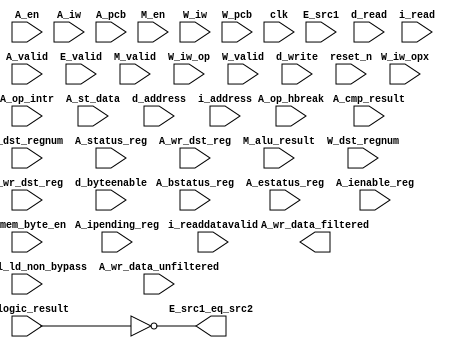
//Legal Notice: (C)2006 Altera Corporation. All rights reserved.  Your
//use of Altera Corporation's design tools, logic functions and other
//software and tools, and its AMPP partner logic functions, and any
//output files any of the foregoing (including device programming or
//simulation files), and any associated documentation or information are
//expressly subject to the terms and conditions of the Altera Program
//License Subscription Agreement or other applicable license agreement,
//including, without limitation, that your use is for the sole purpose
//of programming logic devices manufactured by Altera and sold by Altera
//or its authorized distributors.  Please refer to the applicable
//agreement for further details.


// turn off superfluous verilog processor warnings 
// altera message_level Level1 
// altera message_off 10034 10035 10036 10037 10230 10240 10030 

module cpu_0_test_bench (
                          // inputs:
                           A_bstatus_reg,
                           A_cmp_result,
                           A_ctrl_ld_non_bypass,
                           A_dst_regnum,
                           A_en,
                           A_estatus_reg,
                           A_ienable_reg,
                           A_ipending_reg,
                           A_iw,
                           A_mem_byte_en,
                           A_op_hbreak,
                           A_op_intr,
                           A_pcb,
                           A_st_data,
                           A_status_reg,
                           A_valid,
                           A_wr_data_unfiltered,
                           A_wr_dst_reg,
                           E_logic_result,
                           E_src1,
                           E_valid,
                           M_alu_result,
                           M_en,
                           M_valid,
                           W_dst_regnum,
                           W_iw,
                           W_iw_op,
                           W_iw_opx,
                           W_pcb,
                           W_valid,
                           W_wr_dst_reg,
                           clk,
                           d_address,
                           d_byteenable,
                           d_read,
                           d_write,
                           i_address,
                           i_read,
                           i_readdatavalid,
                           reset_n,

                          // outputs:
                           A_wr_data_filtered,
                           E_src1_eq_src2
                        )
;

  output  [ 31: 0] A_wr_data_filtered;
  output           E_src1_eq_src2;
  input            A_bstatus_reg;
  input            A_cmp_result;
  input            A_ctrl_ld_non_bypass;
  input   [  4: 0] A_dst_regnum;
  input            A_en;
  input            A_estatus_reg;
  input   [ 31: 0] A_ienable_reg;
  input   [ 31: 0] A_ipending_reg;
  input   [ 31: 0] A_iw;
  input   [  3: 0] A_mem_byte_en;
  input            A_op_hbreak;
  input            A_op_intr;
  input   [ 23: 0] A_pcb;
  input   [ 31: 0] A_st_data;
  input            A_status_reg;
  input            A_valid;
  input   [ 31: 0] A_wr_data_unfiltered;
  input            A_wr_dst_reg;
  input   [ 31: 0] E_logic_result;
  input   [ 31: 0] E_src1;
  input            E_valid;
  input   [ 31: 0] M_alu_result;
  input            M_en;
  input            M_valid;
  input   [  4: 0] W_dst_regnum;
  input   [ 31: 0] W_iw;
  input   [  5: 0] W_iw_op;
  input   [  5: 0] W_iw_opx;
  input   [ 23: 0] W_pcb;
  input            W_valid;
  input            W_wr_dst_reg;
  input            clk;
  input   [ 23: 0] d_address;
  input   [  3: 0] d_byteenable;
  input            d_read;
  input            d_write;
  input   [ 23: 0] i_address;
  input            i_read;
  input            i_readdatavalid;
  input            reset_n;

  reg     [ 31: 0] A_full_mem_baddr;
  reg     [ 23: 0] A_target_pcb;
  wire    [ 31: 0] A_wr_data_filtered;
  wire             A_wr_data_unfiltered_0_is_x;
  wire             A_wr_data_unfiltered_10_is_x;
  wire             A_wr_data_unfiltered_11_is_x;
  wire             A_wr_data_unfiltered_12_is_x;
  wire             A_wr_data_unfiltered_13_is_x;
  wire             A_wr_data_unfiltered_14_is_x;
  wire             A_wr_data_unfiltered_15_is_x;
  wire             A_wr_data_unfiltered_16_is_x;
  wire             A_wr_data_unfiltered_17_is_x;
  wire             A_wr_data_unfiltered_18_is_x;
  wire             A_wr_data_unfiltered_19_is_x;
  wire             A_wr_data_unfiltered_1_is_x;
  wire             A_wr_data_unfiltered_20_is_x;
  wire             A_wr_data_unfiltered_21_is_x;
  wire             A_wr_data_unfiltered_22_is_x;
  wire             A_wr_data_unfiltered_23_is_x;
  wire             A_wr_data_unfiltered_24_is_x;
  wire             A_wr_data_unfiltered_25_is_x;
  wire             A_wr_data_unfiltered_26_is_x;
  wire             A_wr_data_unfiltered_27_is_x;
  wire             A_wr_data_unfiltered_28_is_x;
  wire             A_wr_data_unfiltered_29_is_x;
  wire             A_wr_data_unfiltered_2_is_x;
  wire             A_wr_data_unfiltered_30_is_x;
  wire             A_wr_data_unfiltered_31_is_x;
  wire             A_wr_data_unfiltered_3_is_x;
  wire             A_wr_data_unfiltered_4_is_x;
  wire             A_wr_data_unfiltered_5_is_x;
  wire             A_wr_data_unfiltered_6_is_x;
  wire             A_wr_data_unfiltered_7_is_x;
  wire             A_wr_data_unfiltered_8_is_x;
  wire             A_wr_data_unfiltered_9_is_x;
  wire             E_src1_eq_src2;
  reg     [ 23: 0] M_target_pcb;
  wire    [ 55: 0] W_inst;
  wire             W_op_add;
  wire             W_op_addi;
  wire             W_op_and;
  wire             W_op_andhi;
  wire             W_op_andi;
  wire             W_op_beq;
  wire             W_op_bge;
  wire             W_op_bgeu;
  wire             W_op_blt;
  wire             W_op_bltu;
  wire             W_op_bne;
  wire             W_op_br;
  wire             W_op_break;
  wire             W_op_bret;
  wire             W_op_call;
  wire             W_op_callr;
  wire             W_op_cmpeq;
  wire             W_op_cmpeqi;
  wire             W_op_cmpge;
  wire             W_op_cmpgei;
  wire             W_op_cmpgeu;
  wire             W_op_cmpgeui;
  wire             W_op_cmplt;
  wire             W_op_cmplti;
  wire             W_op_cmpltu;
  wire             W_op_cmpltui;
  wire             W_op_cmpne;
  wire             W_op_cmpnei;
  wire             W_op_crst;
  wire             W_op_custom;
  wire             W_op_div;
  wire             W_op_divu;
  wire             W_op_eret;
  wire             W_op_flushd;
  wire             W_op_flushda;
  wire             W_op_flushi;
  wire             W_op_flushp;
  wire             W_op_hbreak;
  wire             W_op_initd;
  wire             W_op_initi;
  wire             W_op_intr;
  wire             W_op_jmp;
  wire             W_op_ldb;
  wire             W_op_ldbio;
  wire             W_op_ldbu;
  wire             W_op_ldbuio;
  wire             W_op_ldh;
  wire             W_op_ldhio;
  wire             W_op_ldhu;
  wire             W_op_ldhuio;
  wire             W_op_ldw;
  wire             W_op_ldwio;
  wire             W_op_mul;
  wire             W_op_muli;
  wire             W_op_mulxss;
  wire             W_op_mulxsu;
  wire             W_op_mulxuu;
  wire             W_op_nextpc;
  wire             W_op_nor;
  wire             W_op_opx;
  wire             W_op_or;
  wire             W_op_orhi;
  wire             W_op_ori;
  wire             W_op_rdctl;
  wire             W_op_ret;
  wire             W_op_rol;
  wire             W_op_roli;
  wire             W_op_ror;
  wire             W_op_rsv01;
  wire             W_op_rsv02;
  wire             W_op_rsv09;
  wire             W_op_rsv10;
  wire             W_op_rsv17;
  wire             W_op_rsv18;
  wire             W_op_rsv19;
  wire             W_op_rsv25;
  wire             W_op_rsv26;
  wire             W_op_rsv29;
  wire             W_op_rsv31;
  wire             W_op_rsv33;
  wire             W_op_rsv34;
  wire             W_op_rsv41;
  wire             W_op_rsv42;
  wire             W_op_rsv49;
  wire             W_op_rsv56;
  wire             W_op_rsv57;
  wire             W_op_rsv61;
  wire             W_op_rsv62;
  wire             W_op_rsv63;
  wire             W_op_rsvx00;
  wire             W_op_rsvx10;
  wire             W_op_rsvx15;
  wire             W_op_rsvx17;
  wire             W_op_rsvx20;
  wire             W_op_rsvx21;
  wire             W_op_rsvx25;
  wire             W_op_rsvx33;
  wire             W_op_rsvx34;
  wire             W_op_rsvx35;
  wire             W_op_rsvx42;
  wire             W_op_rsvx43;
  wire             W_op_rsvx44;
  wire             W_op_rsvx47;
  wire             W_op_rsvx50;
  wire             W_op_rsvx51;
  wire             W_op_rsvx55;
  wire             W_op_rsvx56;
  wire             W_op_rsvx60;
  wire             W_op_rsvx63;
  wire             W_op_sll;
  wire             W_op_slli;
  wire             W_op_sra;
  wire             W_op_srai;
  wire             W_op_srl;
  wire             W_op_srli;
  wire             W_op_stb;
  wire             W_op_stbio;
  wire             W_op_sth;
  wire             W_op_sthio;
  wire             W_op_stw;
  wire             W_op_stwio;
  wire             W_op_sub;
  wire             W_op_sync;
  wire             W_op_trap;
  wire             W_op_wrctl;
  wire             W_op_xor;
  wire             W_op_xorhi;
  wire             W_op_xori;
  wire    [ 55: 0] W_vinst;
  always @(posedge clk or negedge reset_n)
    begin
      if (reset_n == 0)
          M_target_pcb <= 0;
      else if (M_en)
          M_target_pcb <= E_src1[23 : 0];
    end


  always @(posedge clk or negedge reset_n)
    begin
      if (reset_n == 0)
          A_target_pcb <= 0;
      else if (A_en)
          A_target_pcb <= M_target_pcb;
    end


  always @(posedge clk or negedge reset_n)
    begin
      if (reset_n == 0)
          A_full_mem_baddr <= 0;
      else if (A_en)
          A_full_mem_baddr <= M_alu_result;
    end


  always @(posedge clk or negedge reset_n)
    begin
      if (reset_n == 0)
          M_target_pcb <= 0;
      else if (M_en)
          M_target_pcb <= E_src1[23 : 0];
    end


  assign E_src1_eq_src2 = E_logic_result == 0;
  assign W_op_rsv02 = W_iw_op[5 : 0] == 2;
  assign W_op_cmplti = W_iw_op[5 : 0] == 16;
  assign W_op_rsv18 = W_iw_op[5 : 0] == 18;
  assign W_op_rsv01 = W_iw_op[5 : 0] == 1;
  assign W_op_rsv26 = W_iw_op[5 : 0] == 26;
  assign W_op_rsv42 = W_iw_op[5 : 0] == 42;
  assign W_op_ldbio = W_iw_op[5 : 0] == 39;
  assign W_op_ldbu = W_iw_op[5 : 0] == 3;
  assign W_op_orhi = W_iw_op[5 : 0] == 52;
  assign W_op_rsv31 = W_iw_op[5 : 0] == 31;
  assign W_op_bge = W_iw_op[5 : 0] == 14;
  assign W_op_br = W_iw_op[5 : 0] == 6;
  assign W_op_ldhio = W_iw_op[5 : 0] == 47;
  assign W_op_rsv41 = W_iw_op[5 : 0] == 41;
  assign W_op_rsv19 = W_iw_op[5 : 0] == 19;
  assign W_op_ldwio = W_iw_op[5 : 0] == 55;
  assign W_op_rsv29 = W_iw_op[5 : 0] == 29;
  assign W_op_rsv61 = W_iw_op[5 : 0] == 61;
  assign W_op_opx = W_iw_op[5 : 0] == 58;
  assign W_op_stb = W_iw_op[5 : 0] == 5;
  assign W_op_rsv62 = W_iw_op[5 : 0] == 62;
  assign W_op_bltu = W_iw_op[5 : 0] == 54;
  assign W_op_custom = W_iw_op[5 : 0] == 50;
  assign W_op_muli = W_iw_op[5 : 0] == 36;
  assign W_op_xori = W_iw_op[5 : 0] == 28;
  assign W_op_cmpgei = W_iw_op[5 : 0] == 8;
  assign W_op_ldw = W_iw_op[5 : 0] == 23;
  assign W_op_cmpeqi = W_iw_op[5 : 0] == 32;
  assign W_op_ldh = W_iw_op[5 : 0] == 15;
  assign W_op_stw = W_iw_op[5 : 0] == 21;
  assign W_op_rsv09 = W_iw_op[5 : 0] == 9;
  assign W_op_cmpnei = W_iw_op[5 : 0] == 24;
  assign W_op_ldb = W_iw_op[5 : 0] == 7;
  assign W_op_bgeu = W_iw_op[5 : 0] == 46;
  assign W_op_stwio = W_iw_op[5 : 0] == 53;
  assign W_op_rsv33 = W_iw_op[5 : 0] == 33;
  assign W_op_andhi = W_iw_op[5 : 0] == 44;
  assign W_op_ldbuio = W_iw_op[5 : 0] == 35;
  assign W_op_rsv34 = W_iw_op[5 : 0] == 34;
  assign W_op_sthio = W_iw_op[5 : 0] == 45;
  assign W_op_cmpgeui = W_iw_op[5 : 0] == 40;
  assign W_op_stbio = W_iw_op[5 : 0] == 37;
  assign W_op_andi = W_iw_op[5 : 0] == 12;
  assign W_op_addi = W_iw_op[5 : 0] == 4;
  assign W_op_flushda = W_iw_op[5 : 0] == 27;
  assign W_op_rsv49 = W_iw_op[5 : 0] == 49;
  assign W_op_blt = W_iw_op[5 : 0] == 22;
  assign W_op_beq = W_iw_op[5 : 0] == 38;
  assign W_op_ori = W_iw_op[5 : 0] == 20;
  assign W_op_cmpltui = W_iw_op[5 : 0] == 48;
  assign W_op_xorhi = W_iw_op[5 : 0] == 60;
  assign W_op_rsv56 = W_iw_op[5 : 0] == 56;
  assign W_op_ldhuio = W_iw_op[5 : 0] == 43;
  assign W_op_rsv63 = W_iw_op[5 : 0] == 63;
  assign W_op_bne = W_iw_op[5 : 0] == 30;
  assign W_op_rsv57 = W_iw_op[5 : 0] == 57;
  assign W_op_call = W_iw_op[5 : 0] == 0;
  assign W_op_ldhu = W_iw_op[5 : 0] == 11;
  assign W_op_flushd = W_iw_op[5 : 0] == 59;
  assign W_op_initd = W_iw_op[5 : 0] == 51;
  assign W_op_rsv10 = W_iw_op[5 : 0] == 10;
  assign W_op_rsv17 = W_iw_op[5 : 0] == 17;
  assign W_op_sth = W_iw_op[5 : 0] == 13;
  assign W_op_rsv25 = W_iw_op[5 : 0] == 25;
  assign W_op_flushi = W_op_opx & (W_iw_opx[5 : 0] == 12);
  assign W_op_mulxuu = W_op_opx & (W_iw_opx[5 : 0] == 7);
  assign W_op_rsvx33 = W_op_opx & (W_iw_opx[5 : 0] == 33);
  assign W_op_wrctl = W_op_opx & (W_iw_opx[5 : 0] == 46);
  assign W_op_roli = W_op_opx & (W_iw_opx[5 : 0] == 2);
  assign W_op_intr = W_op_opx & (W_iw_opx[5 : 0] == 61);
  assign W_op_rsvx43 = W_op_opx & (W_iw_opx[5 : 0] == 43);
  assign W_op_srl = W_op_opx & (W_iw_opx[5 : 0] == 27);
  assign W_op_trap = W_op_opx & (W_iw_opx[5 : 0] == 45);
  assign W_op_rsvx17 = W_op_opx & (W_iw_opx[5 : 0] == 17);
  assign W_op_break = W_op_opx & (W_iw_opx[5 : 0] == 52);
  assign W_op_rdctl = W_op_opx & (W_iw_opx[5 : 0] == 38);
  assign W_op_cmpltu = W_op_opx & (W_iw_opx[5 : 0] == 48);
  assign W_op_callr = W_op_opx & (W_iw_opx[5 : 0] == 29);
  assign W_op_cmpge = W_op_opx & (W_iw_opx[5 : 0] == 8);
  assign W_op_rsvx47 = W_op_opx & (W_iw_opx[5 : 0] == 47);
  assign W_op_and = W_op_opx & (W_iw_opx[5 : 0] == 14);
  assign W_op_rsvx00 = W_op_opx & (W_iw_opx[5 : 0] == 0);
  assign W_op_rsvx56 = W_op_opx & (W_iw_opx[5 : 0] == 56);
  assign W_op_hbreak = W_op_opx & (W_iw_opx[5 : 0] == 53);
  assign W_op_flushp = W_op_opx & (W_iw_opx[5 : 0] == 4);
  assign W_op_nor = W_op_opx & (W_iw_opx[5 : 0] == 6);
  assign W_op_rsvx50 = W_op_opx & (W_iw_opx[5 : 0] == 50);
  assign W_op_initi = W_op_opx & (W_iw_opx[5 : 0] == 41);
  assign W_op_srai = W_op_opx & (W_iw_opx[5 : 0] == 58);
  assign W_op_sync = W_op_opx & (W_iw_opx[5 : 0] == 54);
  assign W_op_rsvx15 = W_op_opx & (W_iw_opx[5 : 0] == 15);
  assign W_op_rsvx55 = W_op_opx & (W_iw_opx[5 : 0] == 55);
  assign W_op_crst = W_op_opx & (W_iw_opx[5 : 0] == 62);
  assign W_op_rsvx42 = W_op_opx & (W_iw_opx[5 : 0] == 42);
  assign W_op_xor = W_op_opx & (W_iw_opx[5 : 0] == 30);
  assign W_op_rsvx34 = W_op_opx & (W_iw_opx[5 : 0] == 34);
  assign W_op_mulxss = W_op_opx & (W_iw_opx[5 : 0] == 31);
  assign W_op_rsvx51 = W_op_opx & (W_iw_opx[5 : 0] == 51);
  assign W_op_rsvx10 = W_op_opx & (W_iw_opx[5 : 0] == 10);
  assign W_op_eret = W_op_opx & (W_iw_opx[5 : 0] == 1);
  assign W_op_rsvx25 = W_op_opx & (W_iw_opx[5 : 0] == 25);
  assign W_op_jmp = W_op_opx & (W_iw_opx[5 : 0] == 13);
  assign W_op_or = W_op_opx & (W_iw_opx[5 : 0] == 22);
  assign W_op_rsvx35 = W_op_opx & (W_iw_opx[5 : 0] == 35);
  assign W_op_sra = W_op_opx & (W_iw_opx[5 : 0] == 59);
  assign W_op_rsvx20 = W_op_opx & (W_iw_opx[5 : 0] == 20);
  assign W_op_slli = W_op_opx & (W_iw_opx[5 : 0] == 18);
  assign W_op_mulxsu = W_op_opx & (W_iw_opx[5 : 0] == 23);
  assign W_op_rsvx21 = W_op_opx & (W_iw_opx[5 : 0] == 21);
  assign W_op_ror = W_op_opx & (W_iw_opx[5 : 0] == 11);
  assign W_op_srli = W_op_opx & (W_iw_opx[5 : 0] == 26);
  assign W_op_sll = W_op_opx & (W_iw_opx[5 : 0] == 19);
  assign W_op_div = W_op_opx & (W_iw_opx[5 : 0] == 37);
  assign W_op_cmplt = W_op_opx & (W_iw_opx[5 : 0] == 16);
  assign W_op_add = W_op_opx & (W_iw_opx[5 : 0] == 49);
  assign W_op_rsvx44 = W_op_opx & (W_iw_opx[5 : 0] == 44);
  assign W_op_bret = W_op_opx & (W_iw_opx[5 : 0] == 9);
  assign W_op_rsvx60 = W_op_opx & (W_iw_opx[5 : 0] == 60);
  assign W_op_rsvx63 = W_op_opx & (W_iw_opx[5 : 0] == 63);
  assign W_op_mul = W_op_opx & (W_iw_opx[5 : 0] == 39);
  assign W_op_cmpgeu = W_op_opx & (W_iw_opx[5 : 0] == 40);
  assign W_op_cmpne = W_op_opx & (W_iw_opx[5 : 0] == 24);
  assign W_op_cmpeq = W_op_opx & (W_iw_opx[5 : 0] == 32);
  assign W_op_ret = W_op_opx & (W_iw_opx[5 : 0] == 5);
  assign W_op_rol = W_op_opx & (W_iw_opx[5 : 0] == 3);
  assign W_op_sub = W_op_opx & (W_iw_opx[5 : 0] == 57);
  assign W_op_nextpc = W_op_opx & (W_iw_opx[5 : 0] == 28);
  assign W_op_divu = W_op_opx & (W_iw_opx[5 : 0] == 36);

//synthesis translate_off
//////////////// SIMULATION-ONLY CONTENTS
  //Clearing 'X' data bits
  assign A_wr_data_unfiltered_0_is_x = ^(A_wr_data_unfiltered[0]) === 1'bx;

  assign A_wr_data_filtered[0] = (A_wr_data_unfiltered_0_is_x & (A_ctrl_ld_non_bypass)) ? 1'b0 : A_wr_data_unfiltered[0];
  assign A_wr_data_unfiltered_1_is_x = ^(A_wr_data_unfiltered[1]) === 1'bx;
  assign A_wr_data_filtered[1] = (A_wr_data_unfiltered_1_is_x & (A_ctrl_ld_non_bypass)) ? 1'b0 : A_wr_data_unfiltered[1];
  assign A_wr_data_unfiltered_2_is_x = ^(A_wr_data_unfiltered[2]) === 1'bx;
  assign A_wr_data_filtered[2] = (A_wr_data_unfiltered_2_is_x & (A_ctrl_ld_non_bypass)) ? 1'b0 : A_wr_data_unfiltered[2];
  assign A_wr_data_unfiltered_3_is_x = ^(A_wr_data_unfiltered[3]) === 1'bx;
  assign A_wr_data_filtered[3] = (A_wr_data_unfiltered_3_is_x & (A_ctrl_ld_non_bypass)) ? 1'b0 : A_wr_data_unfiltered[3];
  assign A_wr_data_unfiltered_4_is_x = ^(A_wr_data_unfiltered[4]) === 1'bx;
  assign A_wr_data_filtered[4] = (A_wr_data_unfiltered_4_is_x & (A_ctrl_ld_non_bypass)) ? 1'b0 : A_wr_data_unfiltered[4];
  assign A_wr_data_unfiltered_5_is_x = ^(A_wr_data_unfiltered[5]) === 1'bx;
  assign A_wr_data_filtered[5] = (A_wr_data_unfiltered_5_is_x & (A_ctrl_ld_non_bypass)) ? 1'b0 : A_wr_data_unfiltered[5];
  assign A_wr_data_unfiltered_6_is_x = ^(A_wr_data_unfiltered[6]) === 1'bx;
  assign A_wr_data_filtered[6] = (A_wr_data_unfiltered_6_is_x & (A_ctrl_ld_non_bypass)) ? 1'b0 : A_wr_data_unfiltered[6];
  assign A_wr_data_unfiltered_7_is_x = ^(A_wr_data_unfiltered[7]) === 1'bx;
  assign A_wr_data_filtered[7] = (A_wr_data_unfiltered_7_is_x & (A_ctrl_ld_non_bypass)) ? 1'b0 : A_wr_data_unfiltered[7];
  assign A_wr_data_unfiltered_8_is_x = ^(A_wr_data_unfiltered[8]) === 1'bx;
  assign A_wr_data_filtered[8] = (A_wr_data_unfiltered_8_is_x & (A_ctrl_ld_non_bypass)) ? 1'b0 : A_wr_data_unfiltered[8];
  assign A_wr_data_unfiltered_9_is_x = ^(A_wr_data_unfiltered[9]) === 1'bx;
  assign A_wr_data_filtered[9] = (A_wr_data_unfiltered_9_is_x & (A_ctrl_ld_non_bypass)) ? 1'b0 : A_wr_data_unfiltered[9];
  assign A_wr_data_unfiltered_10_is_x = ^(A_wr_data_unfiltered[10]) === 1'bx;
  assign A_wr_data_filtered[10] = (A_wr_data_unfiltered_10_is_x & (A_ctrl_ld_non_bypass)) ? 1'b0 : A_wr_data_unfiltered[10];
  assign A_wr_data_unfiltered_11_is_x = ^(A_wr_data_unfiltered[11]) === 1'bx;
  assign A_wr_data_filtered[11] = (A_wr_data_unfiltered_11_is_x & (A_ctrl_ld_non_bypass)) ? 1'b0 : A_wr_data_unfiltered[11];
  assign A_wr_data_unfiltered_12_is_x = ^(A_wr_data_unfiltered[12]) === 1'bx;
  assign A_wr_data_filtered[12] = (A_wr_data_unfiltered_12_is_x & (A_ctrl_ld_non_bypass)) ? 1'b0 : A_wr_data_unfiltered[12];
  assign A_wr_data_unfiltered_13_is_x = ^(A_wr_data_unfiltered[13]) === 1'bx;
  assign A_wr_data_filtered[13] = (A_wr_data_unfiltered_13_is_x & (A_ctrl_ld_non_bypass)) ? 1'b0 : A_wr_data_unfiltered[13];
  assign A_wr_data_unfiltered_14_is_x = ^(A_wr_data_unfiltered[14]) === 1'bx;
  assign A_wr_data_filtered[14] = (A_wr_data_unfiltered_14_is_x & (A_ctrl_ld_non_bypass)) ? 1'b0 : A_wr_data_unfiltered[14];
  assign A_wr_data_unfiltered_15_is_x = ^(A_wr_data_unfiltered[15]) === 1'bx;
  assign A_wr_data_filtered[15] = (A_wr_data_unfiltered_15_is_x & (A_ctrl_ld_non_bypass)) ? 1'b0 : A_wr_data_unfiltered[15];
  assign A_wr_data_unfiltered_16_is_x = ^(A_wr_data_unfiltered[16]) === 1'bx;
  assign A_wr_data_filtered[16] = (A_wr_data_unfiltered_16_is_x & (A_ctrl_ld_non_bypass)) ? 1'b0 : A_wr_data_unfiltered[16];
  assign A_wr_data_unfiltered_17_is_x = ^(A_wr_data_unfiltered[17]) === 1'bx;
  assign A_wr_data_filtered[17] = (A_wr_data_unfiltered_17_is_x & (A_ctrl_ld_non_bypass)) ? 1'b0 : A_wr_data_unfiltered[17];
  assign A_wr_data_unfiltered_18_is_x = ^(A_wr_data_unfiltered[18]) === 1'bx;
  assign A_wr_data_filtered[18] = (A_wr_data_unfiltered_18_is_x & (A_ctrl_ld_non_bypass)) ? 1'b0 : A_wr_data_unfiltered[18];
  assign A_wr_data_unfiltered_19_is_x = ^(A_wr_data_unfiltered[19]) === 1'bx;
  assign A_wr_data_filtered[19] = (A_wr_data_unfiltered_19_is_x & (A_ctrl_ld_non_bypass)) ? 1'b0 : A_wr_data_unfiltered[19];
  assign A_wr_data_unfiltered_20_is_x = ^(A_wr_data_unfiltered[20]) === 1'bx;
  assign A_wr_data_filtered[20] = (A_wr_data_unfiltered_20_is_x & (A_ctrl_ld_non_bypass)) ? 1'b0 : A_wr_data_unfiltered[20];
  assign A_wr_data_unfiltered_21_is_x = ^(A_wr_data_unfiltered[21]) === 1'bx;
  assign A_wr_data_filtered[21] = (A_wr_data_unfiltered_21_is_x & (A_ctrl_ld_non_bypass)) ? 1'b0 : A_wr_data_unfiltered[21];
  assign A_wr_data_unfiltered_22_is_x = ^(A_wr_data_unfiltered[22]) === 1'bx;
  assign A_wr_data_filtered[22] = (A_wr_data_unfiltered_22_is_x & (A_ctrl_ld_non_bypass)) ? 1'b0 : A_wr_data_unfiltered[22];
  assign A_wr_data_unfiltered_23_is_x = ^(A_wr_data_unfiltered[23]) === 1'bx;
  assign A_wr_data_filtered[23] = (A_wr_data_unfiltered_23_is_x & (A_ctrl_ld_non_bypass)) ? 1'b0 : A_wr_data_unfiltered[23];
  assign A_wr_data_unfiltered_24_is_x = ^(A_wr_data_unfiltered[24]) === 1'bx;
  assign A_wr_data_filtered[24] = (A_wr_data_unfiltered_24_is_x & (A_ctrl_ld_non_bypass)) ? 1'b0 : A_wr_data_unfiltered[24];
  assign A_wr_data_unfiltered_25_is_x = ^(A_wr_data_unfiltered[25]) === 1'bx;
  assign A_wr_data_filtered[25] = (A_wr_data_unfiltered_25_is_x & (A_ctrl_ld_non_bypass)) ? 1'b0 : A_wr_data_unfiltered[25];
  assign A_wr_data_unfiltered_26_is_x = ^(A_wr_data_unfiltered[26]) === 1'bx;
  assign A_wr_data_filtered[26] = (A_wr_data_unfiltered_26_is_x & (A_ctrl_ld_non_bypass)) ? 1'b0 : A_wr_data_unfiltered[26];
  assign A_wr_data_unfiltered_27_is_x = ^(A_wr_data_unfiltered[27]) === 1'bx;
  assign A_wr_data_filtered[27] = (A_wr_data_unfiltered_27_is_x & (A_ctrl_ld_non_bypass)) ? 1'b0 : A_wr_data_unfiltered[27];
  assign A_wr_data_unfiltered_28_is_x = ^(A_wr_data_unfiltered[28]) === 1'bx;
  assign A_wr_data_filtered[28] = (A_wr_data_unfiltered_28_is_x & (A_ctrl_ld_non_bypass)) ? 1'b0 : A_wr_data_unfiltered[28];
  assign A_wr_data_unfiltered_29_is_x = ^(A_wr_data_unfiltered[29]) === 1'bx;
  assign A_wr_data_filtered[29] = (A_wr_data_unfiltered_29_is_x & (A_ctrl_ld_non_bypass)) ? 1'b0 : A_wr_data_unfiltered[29];
  assign A_wr_data_unfiltered_30_is_x = ^(A_wr_data_unfiltered[30]) === 1'bx;
  assign A_wr_data_filtered[30] = (A_wr_data_unfiltered_30_is_x & (A_ctrl_ld_non_bypass)) ? 1'b0 : A_wr_data_unfiltered[30];
  assign A_wr_data_unfiltered_31_is_x = ^(A_wr_data_unfiltered[31]) === 1'bx;
  assign A_wr_data_filtered[31] = (A_wr_data_unfiltered_31_is_x & (A_ctrl_ld_non_bypass)) ? 1'b0 : A_wr_data_unfiltered[31];
  always @(posedge clk)
    begin
      if (reset_n)
          if (^(W_wr_dst_reg) === 1'bx)
            begin
              $write("%0d ns: ERROR: cpu_0_test_bench/W_wr_dst_reg is 'x'\n", $time);
              $stop;
            end
    end


  always @(posedge clk or negedge reset_n)
    begin
      if (reset_n == 0)
        begin
        end
      else if (W_wr_dst_reg)
          if (^(W_dst_regnum) === 1'bx)
            begin
              $write("%0d ns: ERROR: cpu_0_test_bench/W_dst_regnum is 'x'\n", $time);
              $stop;
            end
    end


  always @(posedge clk)
    begin
      if (reset_n)
          if (^(W_valid) === 1'bx)
            begin
              $write("%0d ns: ERROR: cpu_0_test_bench/W_valid is 'x'\n", $time);
              $stop;
            end
    end


  always @(posedge clk or negedge reset_n)
    begin
      if (reset_n == 0)
        begin
        end
      else if (W_valid)
          if (^(W_pcb) === 1'bx)
            begin
              $write("%0d ns: ERROR: cpu_0_test_bench/W_pcb is 'x'\n", $time);
              $stop;
            end
    end


  always @(posedge clk or negedge reset_n)
    begin
      if (reset_n == 0)
        begin
        end
      else if (W_valid)
          if (^(W_iw) === 1'bx)
            begin
              $write("%0d ns: ERROR: cpu_0_test_bench/W_iw is 'x'\n", $time);
              $stop;
            end
    end


  always @(posedge clk)
    begin
      if (reset_n)
          if (^(A_en) === 1'bx)
            begin
              $write("%0d ns: ERROR: cpu_0_test_bench/A_en is 'x'\n", $time);
              $stop;
            end
    end


  always @(posedge clk)
    begin
      if (reset_n)
          if (^(E_valid) === 1'bx)
            begin
              $write("%0d ns: ERROR: cpu_0_test_bench/E_valid is 'x'\n", $time);
              $stop;
            end
    end


  always @(posedge clk)
    begin
      if (reset_n)
          if (^(M_valid) === 1'bx)
            begin
              $write("%0d ns: ERROR: cpu_0_test_bench/M_valid is 'x'\n", $time);
              $stop;
            end
    end


  always @(posedge clk)
    begin
      if (reset_n)
          if (^(A_valid) === 1'bx)
            begin
              $write("%0d ns: ERROR: cpu_0_test_bench/A_valid is 'x'\n", $time);
              $stop;
            end
    end


  always @(posedge clk or negedge reset_n)
    begin
      if (reset_n == 0)
        begin
        end
      else if (A_valid & A_en & A_wr_dst_reg)
          if (^(A_wr_data_unfiltered) === 1'bx)
            begin
              $write("%0d ns: WARNING: cpu_0_test_bench/A_wr_data_unfiltered is 'x'\n", $time);
            end
    end


  always @(posedge clk)
    begin
      if (reset_n)
          if (^(A_status_reg) === 1'bx)
            begin
              $write("%0d ns: ERROR: cpu_0_test_bench/A_status_reg is 'x'\n", $time);
              $stop;
            end
    end


  always @(posedge clk)
    begin
      if (reset_n)
          if (^(A_estatus_reg) === 1'bx)
            begin
              $write("%0d ns: ERROR: cpu_0_test_bench/A_estatus_reg is 'x'\n", $time);
              $stop;
            end
    end


  always @(posedge clk)
    begin
      if (reset_n)
          if (^(A_bstatus_reg) === 1'bx)
            begin
              $write("%0d ns: ERROR: cpu_0_test_bench/A_bstatus_reg is 'x'\n", $time);
              $stop;
            end
    end


  always @(posedge clk)
    begin
      if (reset_n)
          if (^(i_read) === 1'bx)
            begin
              $write("%0d ns: ERROR: cpu_0_test_bench/i_read is 'x'\n", $time);
              $stop;
            end
    end


  always @(posedge clk or negedge reset_n)
    begin
      if (reset_n == 0)
        begin
        end
      else if (i_read)
          if (^(i_address) === 1'bx)
            begin
              $write("%0d ns: ERROR: cpu_0_test_bench/i_address is 'x'\n", $time);
              $stop;
            end
    end


  always @(posedge clk)
    begin
      if (reset_n)
          if (^(i_readdatavalid) === 1'bx)
            begin
              $write("%0d ns: ERROR: cpu_0_test_bench/i_readdatavalid is 'x'\n", $time);
              $stop;
            end
    end


  always @(posedge clk)
    begin
      if (reset_n)
          if (^(d_write) === 1'bx)
            begin
              $write("%0d ns: ERROR: cpu_0_test_bench/d_write is 'x'\n", $time);
              $stop;
            end
    end


  always @(posedge clk or negedge reset_n)
    begin
      if (reset_n == 0)
        begin
        end
      else if (d_write)
          if (^(d_byteenable) === 1'bx)
            begin
              $write("%0d ns: ERROR: cpu_0_test_bench/d_byteenable is 'x'\n", $time);
              $stop;
            end
    end


  always @(posedge clk or negedge reset_n)
    begin
      if (reset_n == 0)
        begin
        end
      else if (d_write | d_read)
          if (^(d_address) === 1'bx)
            begin
              $write("%0d ns: ERROR: cpu_0_test_bench/d_address is 'x'\n", $time);
              $stop;
            end
    end


  always @(posedge clk)
    begin
      if (reset_n)
          if (^(d_read) === 1'bx)
            begin
              $write("%0d ns: ERROR: cpu_0_test_bench/d_read is 'x'\n", $time);
              $stop;
            end
    end


  
  reg [31:0] trace_handle; // for $fopen
  initial  
  begin
    trace_handle = $fopen("cpu_0.tr");
    $fwrite(trace_handle, "version 2\nnumThreads 1\n");
  end
  always @(posedge clk)
    begin
      if (~reset_n || (A_valid & A_en))
          $fwrite(trace_handle, "%0d ns: %0h,%0h,%0h,%0h,%0h,%0h,%0h,%0h,%0h,%0h,%0h,%0h,%0h,%0h,%0h,%0h,%0h,%0h,%0h,%0h\n", $time, ~reset_n, A_pcb, 0, A_op_intr, A_op_hbreak, A_iw, A_wr_dst_reg, A_dst_regnum, A_wr_data_filtered, A_full_mem_baddr, A_st_data, A_mem_byte_en, A_cmp_result, A_target_pcb, A_status_reg, A_estatus_reg, A_bstatus_reg, A_ienable_reg, A_ipending_reg, 0);
    end


  assign W_inst = ((((W_iw_op[5 : 0] == 2))))? 56'h20207273763032 :
    ((((W_iw_op[5 : 0] == 16))))? 56'h20636d706c7469 :
    ((((W_iw_op[5 : 0] == 18))))? 56'h20207273763138 :
    ((((W_iw_op[5 : 0] == 1))))? 56'h20207273763031 :
    ((((W_iw_op[5 : 0] == 26))))? 56'h20207273763236 :
    ((((W_iw_op[5 : 0] == 42))))? 56'h20207273763432 :
    ((((W_iw_op[5 : 0] == 39))))? 56'h20206c6462696f :
    ((((W_iw_op[5 : 0] == 3))))? 56'h2020206c646275 :
    ((((W_iw_op[5 : 0] == 52))))? 56'h2020206f726869 :
    ((((W_iw_op[5 : 0] == 31))))? 56'h20207273763331 :
    ((((W_iw_op[5 : 0] == 14))))? 56'h20202020626765 :
    ((((W_iw_op[5 : 0] == 6))))? 56'h20202020206272 :
    ((((W_iw_op[5 : 0] == 47))))? 56'h20206c6468696f :
    ((((W_iw_op[5 : 0] == 41))))? 56'h20207273763431 :
    ((((W_iw_op[5 : 0] == 19))))? 56'h20207273763139 :
    ((((W_iw_op[5 : 0] == 55))))? 56'h20206c6477696f :
    ((((W_iw_op[5 : 0] == 29))))? 56'h20207273763239 :
    ((((W_iw_op[5 : 0] == 61))))? 56'h20207273763631 :
    ((((W_iw_op[5 : 0] == 5))))? 56'h20202020737462 :
    ((((W_iw_op[5 : 0] == 62))))? 56'h20207273763632 :
    ((((W_iw_op[5 : 0] == 54))))? 56'h202020626c7475 :
    ((((W_iw_op[5 : 0] == 50))))? 56'h20637573746f6d :
    ((((W_iw_op[5 : 0] == 36))))? 56'h2020206d756c69 :
    ((((W_iw_op[5 : 0] == 28))))? 56'h202020786f7269 :
    ((((W_iw_op[5 : 0] == 8))))? 56'h20636d70676569 :
    ((((W_iw_op[5 : 0] == 23))))? 56'h202020206c6477 :
    ((((W_iw_op[5 : 0] == 32))))? 56'h20636d70657169 :
    ((((W_iw_op[5 : 0] == 15))))? 56'h202020206c6468 :
    ((((W_iw_op[5 : 0] == 21))))? 56'h20202020737477 :
    ((((W_iw_op[5 : 0] == 9))))? 56'h20207273763039 :
    ((((W_iw_op[5 : 0] == 24))))? 56'h20636d706e6569 :
    ((((W_iw_op[5 : 0] == 7))))? 56'h202020206c6462 :
    ((((W_iw_op[5 : 0] == 46))))? 56'h20202062676575 :
    ((((W_iw_op[5 : 0] == 53))))? 56'h2020737477696f :
    ((((W_iw_op[5 : 0] == 33))))? 56'h20207273763333 :
    ((((W_iw_op[5 : 0] == 44))))? 56'h2020616e646869 :
    ((((W_iw_op[5 : 0] == 35))))? 56'h206c646275696f :
    ((((W_iw_op[5 : 0] == 34))))? 56'h20207273763334 :
    ((((W_iw_op[5 : 0] == 45))))? 56'h2020737468696f :
    ((((W_iw_op[5 : 0] == 40))))? 56'h636d7067657569 :
    ((((W_iw_op[5 : 0] == 37))))? 56'h2020737462696f :
    ((((W_iw_op[5 : 0] == 12))))? 56'h202020616e6469 :
    ((((W_iw_op[5 : 0] == 4))))? 56'h20202061646469 :
    ((((W_iw_op[5 : 0] == 27))))? 56'h666c7573686461 :
    ((((W_iw_op[5 : 0] == 49))))? 56'h20207273763439 :
    ((((W_iw_op[5 : 0] == 22))))? 56'h20202020626c74 :
    ((((W_iw_op[5 : 0] == 38))))? 56'h20202020626571 :
    ((((W_iw_op[5 : 0] == 20))))? 56'h202020206f7269 :
    ((((W_iw_op[5 : 0] == 48))))? 56'h636d706c747569 :
    ((((W_iw_op[5 : 0] == 60))))? 56'h2020786f726869 :
    ((((W_iw_op[5 : 0] == 56))))? 56'h20207273763536 :
    ((((W_iw_op[5 : 0] == 43))))? 56'h206c646875696f :
    ((((W_iw_op[5 : 0] == 63))))? 56'h20207273763633 :
    ((((W_iw_op[5 : 0] == 30))))? 56'h20202020626e65 :
    ((((W_iw_op[5 : 0] == 57))))? 56'h20207273763537 :
    ((((W_iw_op[5 : 0] == 0))))? 56'h20202063616c6c :
    ((((W_iw_op[5 : 0] == 11))))? 56'h2020206c646875 :
    ((((W_iw_op[5 : 0] == 59))))? 56'h20666c75736864 :
    ((((W_iw_op[5 : 0] == 51))))? 56'h2020696e697464 :
    ((((W_iw_op[5 : 0] == 10))))? 56'h20207273763130 :
    ((((W_iw_op[5 : 0] == 17))))? 56'h20207273763137 :
    ((((W_iw_op[5 : 0] == 13))))? 56'h20202020737468 :
    ((((W_iw_op[5 : 0] == 25))))? 56'h20207273763235 :
    (((W_op_opx & (W_iw_opx[5 : 0] == 12))))? 56'h20666c75736869 :
    (((W_op_opx & (W_iw_opx[5 : 0] == 7))))? 56'h206d756c787575 :
    (((W_op_opx & (W_iw_opx[5 : 0] == 33))))? 56'h20727376783333 :
    (((W_op_opx & (W_iw_opx[5 : 0] == 46))))? 56'h2020777263746c :
    (((W_op_opx & (W_iw_opx[5 : 0] == 2))))? 56'h202020726f6c69 :
    (((W_op_opx & (W_iw_opx[5 : 0] == 61))))? 56'h202020696e7472 :
    (((W_op_opx & (W_iw_opx[5 : 0] == 43))))? 56'h20727376783433 :
    (((W_op_opx & (W_iw_opx[5 : 0] == 27))))? 56'h2020202073726c :
    (((W_op_opx & (W_iw_opx[5 : 0] == 45))))? 56'h20202074726170 :
    (((W_op_opx & (W_iw_opx[5 : 0] == 17))))? 56'h20727376783137 :
    (((W_op_opx & (W_iw_opx[5 : 0] == 52))))? 56'h2020627265616b :
    (((W_op_opx & (W_iw_opx[5 : 0] == 38))))? 56'h2020726463746c :
    (((W_op_opx & (W_iw_opx[5 : 0] == 48))))? 56'h20636d706c7475 :
    (((W_op_opx & (W_iw_opx[5 : 0] == 29))))? 56'h202063616c6c72 :
    (((W_op_opx & (W_iw_opx[5 : 0] == 8))))? 56'h2020636d706765 :
    (((W_op_opx & (W_iw_opx[5 : 0] == 47))))? 56'h20727376783437 :
    (((W_op_opx & (W_iw_opx[5 : 0] == 14))))? 56'h20202020616e64 :
    (((W_op_opx & (W_iw_opx[5 : 0] == 0))))? 56'h20727376783030 :
    (((W_op_opx & (W_iw_opx[5 : 0] == 56))))? 56'h20727376783536 :
    (((W_op_opx & (W_iw_opx[5 : 0] == 53))))? 56'h2068627265616b :
    (((W_op_opx & (W_iw_opx[5 : 0] == 4))))? 56'h20666c75736870 :
    (((W_op_opx & (W_iw_opx[5 : 0] == 6))))? 56'h202020206e6f72 :
    (((W_op_opx & (W_iw_opx[5 : 0] == 50))))? 56'h20727376783530 :
    (((W_op_opx & (W_iw_opx[5 : 0] == 41))))? 56'h2020696e697469 :
    (((W_op_opx & (W_iw_opx[5 : 0] == 58))))? 56'h20202073726169 :
    (((W_op_opx & (W_iw_opx[5 : 0] == 54))))? 56'h20202073796e63 :
    (((W_op_opx & (W_iw_opx[5 : 0] == 15))))? 56'h20727376783135 :
    (((W_op_opx & (W_iw_opx[5 : 0] == 55))))? 56'h20727376783535 :
    (((W_op_opx & (W_iw_opx[5 : 0] == 62))))? 56'h20202063727374 :
    (((W_op_opx & (W_iw_opx[5 : 0] == 42))))? 56'h20727376783432 :
    (((W_op_opx & (W_iw_opx[5 : 0] == 30))))? 56'h20202020786f72 :
    (((W_op_opx & (W_iw_opx[5 : 0] == 34))))? 56'h20727376783334 :
    (((W_op_opx & (W_iw_opx[5 : 0] == 31))))? 56'h206d756c787373 :
    (((W_op_opx & (W_iw_opx[5 : 0] == 51))))? 56'h20727376783531 :
    (((W_op_opx & (W_iw_opx[5 : 0] == 10))))? 56'h20727376783130 :
    (((W_op_opx & (W_iw_opx[5 : 0] == 1))))? 56'h20202065726574 :
    (((W_op_opx & (W_iw_opx[5 : 0] == 25))))? 56'h20727376783235 :
    (((W_op_opx & (W_iw_opx[5 : 0] == 13))))? 56'h202020206a6d70 :
    (((W_op_opx & (W_iw_opx[5 : 0] == 22))))? 56'h20202020206f72 :
    (((W_op_opx & (W_iw_opx[5 : 0] == 35))))? 56'h20727376783335 :
    (((W_op_opx & (W_iw_opx[5 : 0] == 59))))? 56'h20202020737261 :
    (((W_op_opx & (W_iw_opx[5 : 0] == 20))))? 56'h20727376783230 :
    (((W_op_opx & (W_iw_opx[5 : 0] == 18))))? 56'h202020736c6c69 :
    (((W_op_opx & (W_iw_opx[5 : 0] == 23))))? 56'h206d756c787375 :
    (((W_op_opx & (W_iw_opx[5 : 0] == 21))))? 56'h20727376783231 :
    (((W_op_opx & (W_iw_opx[5 : 0] == 11))))? 56'h20202020726f72 :
    (((W_op_opx & (W_iw_opx[5 : 0] == 26))))? 56'h20202073726c69 :
    (((W_op_opx & (W_iw_opx[5 : 0] == 19))))? 56'h20202020736c6c :
    (((W_op_opx & (W_iw_opx[5 : 0] == 37))))? 56'h20202020646976 :
    (((W_op_opx & (W_iw_opx[5 : 0] == 16))))? 56'h2020636d706c74 :
    (((W_op_opx & (W_iw_opx[5 : 0] == 49))))? 56'h20202020616464 :
    (((W_op_opx & (W_iw_opx[5 : 0] == 44))))? 56'h20727376783434 :
    (((W_op_opx & (W_iw_opx[5 : 0] == 9))))? 56'h20202062726574 :
    (((W_op_opx & (W_iw_opx[5 : 0] == 60))))? 56'h20727376783630 :
    (((W_op_opx & (W_iw_opx[5 : 0] == 63))))? 56'h20727376783633 :
    (((W_op_opx & (W_iw_opx[5 : 0] == 39))))? 56'h202020206d756c :
    (((W_op_opx & (W_iw_opx[5 : 0] == 40))))? 56'h20636d70676575 :
    (((W_op_opx & (W_iw_opx[5 : 0] == 24))))? 56'h2020636d706e65 :
    (((W_op_opx & (W_iw_opx[5 : 0] == 32))))? 56'h2020636d706571 :
    (((W_op_opx & (W_iw_opx[5 : 0] == 5))))? 56'h20202020726574 :
    (((W_op_opx & (W_iw_opx[5 : 0] == 3))))? 56'h20202020726f6c :
    (((W_op_opx & (W_iw_opx[5 : 0] == 57))))? 56'h20202020737562 :
    (((W_op_opx & (W_iw_opx[5 : 0] == 28))))? 56'h206e6578747063 :
    (((W_op_opx & (W_iw_opx[5 : 0] == 36))))? 56'h20202064697675 :
    56'h20202020424144;

  assign W_vinst = W_valid ? W_inst : {7{8'h2d}};

//////////////// END SIMULATION-ONLY CONTENTS

//synthesis translate_on
//synthesis read_comments_as_HDL on
//  
//  assign A_wr_data_filtered = A_wr_data_unfiltered;
//
//synthesis read_comments_as_HDL off

endmodule